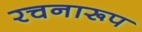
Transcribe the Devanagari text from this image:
रचनारूप